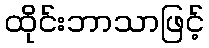
ထိုင်းဘာသာဖြင့်